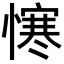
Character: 𢢈